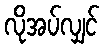
လိုအပ်လျှင်